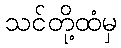
သင်တို့ထံမှ